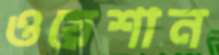
ওয়েশান